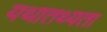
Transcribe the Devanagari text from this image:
यथातथ्‍यता